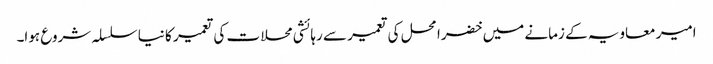
امیر معاویہ کے زمانے میں خضرا محل کی تعمیر سے رہائشی محلات کی تعمیر کا نیا سلسلہ شروع ہوا۔